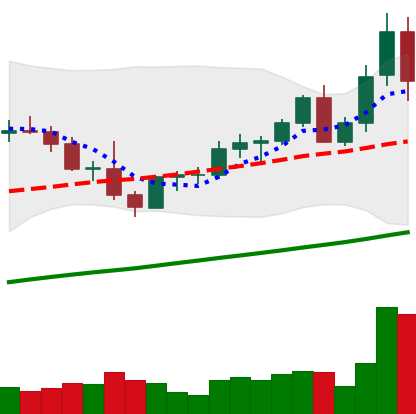
Ticker: LTC-USD
Chart end date: 2021-04-07
Forward return: 11.426%
Label: up_7plus